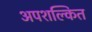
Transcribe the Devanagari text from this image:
अपशल्कित